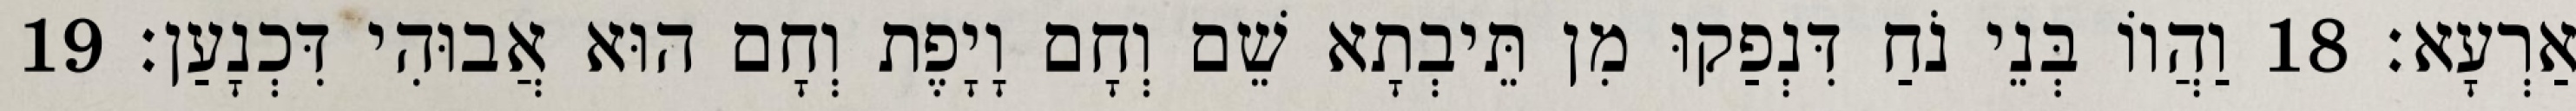
אַרְעָא׃ 18 וַהֲווֹ בְּנֵי נֹחַ דִּנְפַקוּ מִן תֵּיבְתָא שֵׁם וְחָם וָיָפֶת וְחָם הוּא אֲבוּהִי דִּכְנָעַן׃ 19